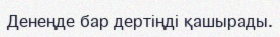
Денеңде бар дертіңді қашырады.